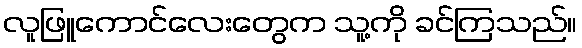
လူဖြူကောင်လေးတွေက သူ့ကို ခင်ကြသည်။